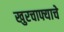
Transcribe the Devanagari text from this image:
खुरचाफ्याचे